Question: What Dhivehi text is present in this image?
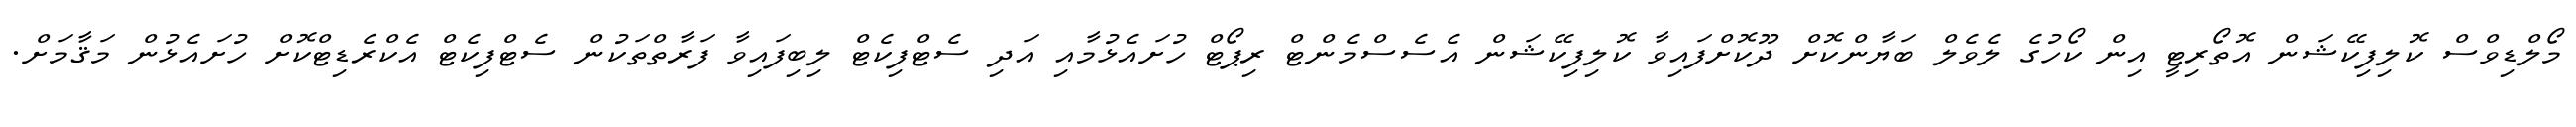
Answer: މޯލްޑިވްސް ކޮލިފިކޭޝަން އޮތޯރިޓީ އިން ކޯހުގެ ލެވެލް ބަޔާންކޮށް ދޫކޮށްފައިވާ ކޮލިފިކޭޝަން އެސެސްމެންޓް ރިޕޯޓް ހުށައެޅުމާއި އަދި ސެޓްފިކެޓް ލިބިފައިވާ ފަރާތްތަކުން ސެޓްފިކެޓް އެކްރެޑިޓްކޮށް ހުށައެޅުން މަޤާމަށް.